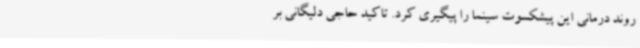
روند درمانی این پیشکسوت سینما را پیگیری کرد. تاکید حاجی دلیگانی بر